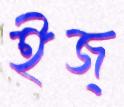
ইজ্